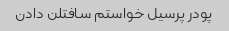
پودر پرسیل خواستم سافتلن دادن